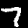
Digit: 7